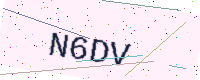
Text: N6DV